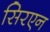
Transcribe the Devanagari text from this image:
सिरएन